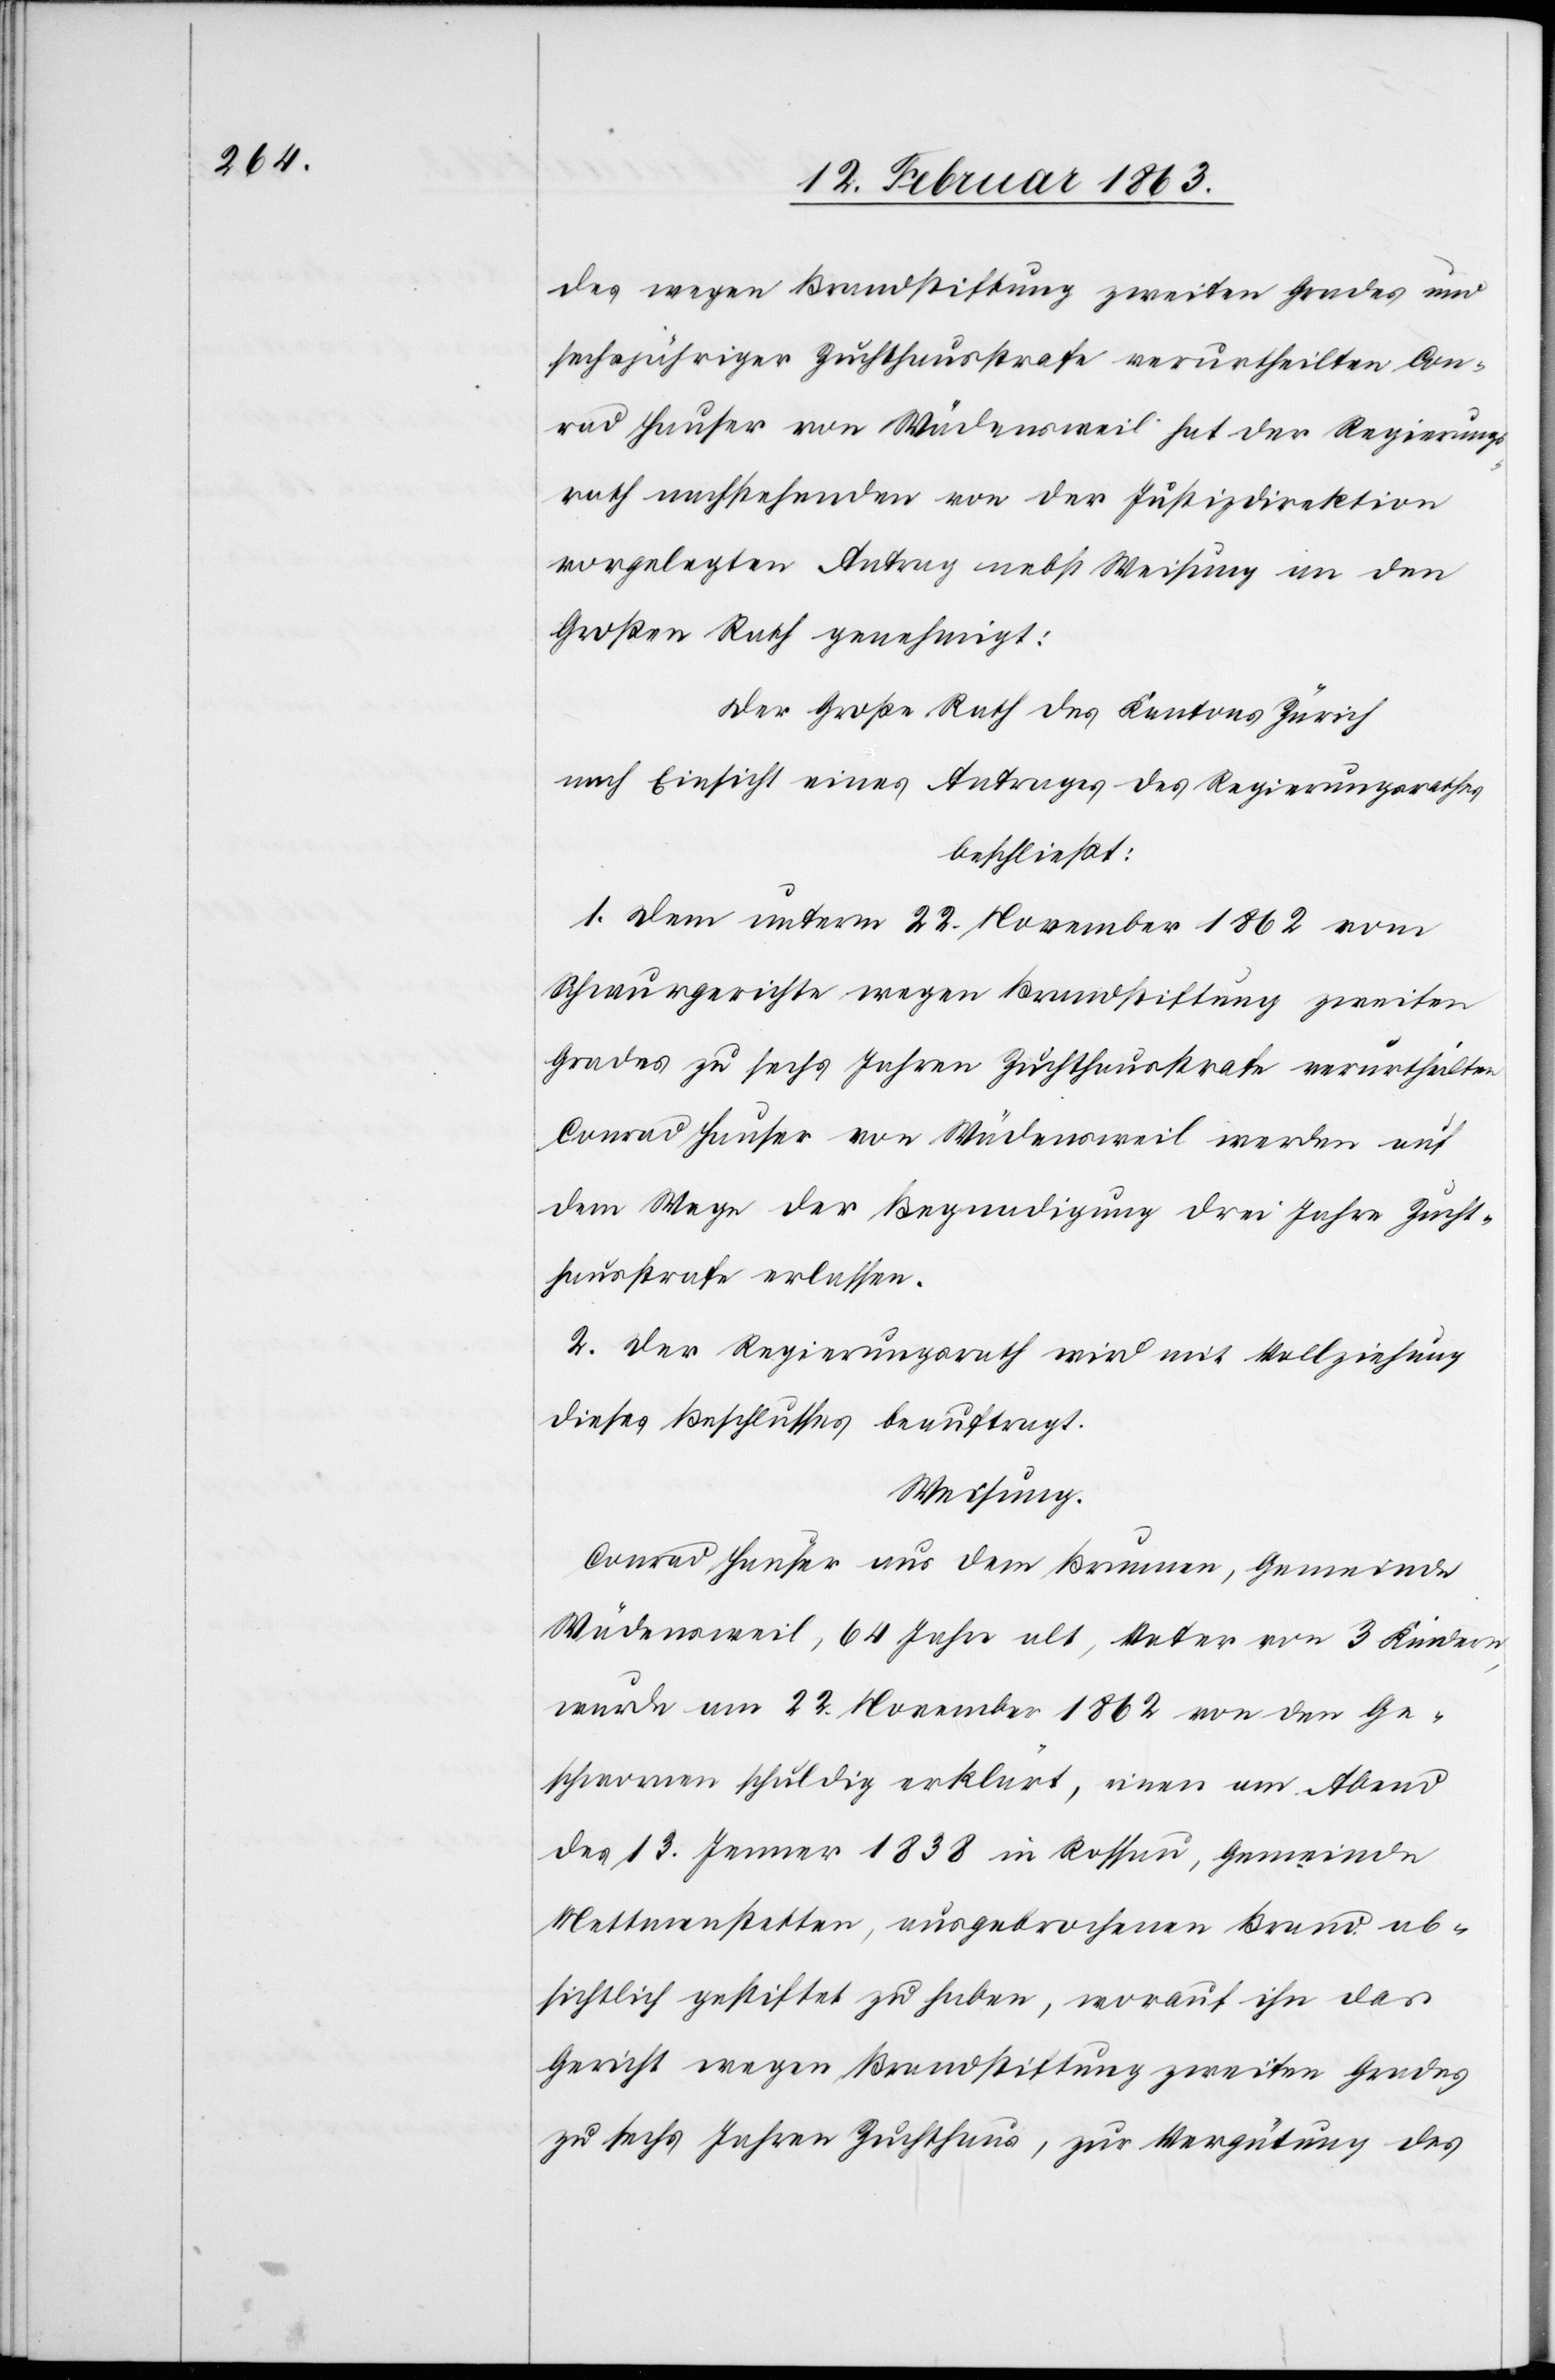
des wegen Brandstiftung zweiten Grades und
sechsjähriger Zuchthausstrafe verurtheilten Con¬
rad Hauser von Wädensweil hat der Regierungs¬
rath nachstehenden von der Justizdirektion
vorgelegten Antrag nebst Weisung an den
Großen Rath genehmigt:
Der Große Rath des Kantons Zürich
nach Einsicht eines Antrages des Regierungsrathes
beschließt:
1. Dem unterm 22. November 1862 vom
Schwurgerichte wegen Brandstiftung zweiten
Grades zu sechs Jahren Zuchthausstrafe verurtheilten
Conrad Hauser von Wädensweil werden auf
dem Wege der Begnadigung drei Jahre Zucht¬
hausstrafe erlassen.
2. Der Regierungsrath wird mit Vollziehung
dieses Beschlusses beauftragt.
Weisung.
Conrad Hauser aus dem Brunnen, Gemeinde
Wädensweil, 64 Jahre alt, Vater von 3 Kindern,
wurde am 22. November 1862 von den Ge¬
schwornen schuldig erklärt, einen am Abend
des 13. Jenner 1838 in Rossau, Gemeinde
Mettmenstetten, ausgebrochenen Brand ab¬
sichtlich gestiftet zu haben, worauf ihn das
Gericht wegen Brandstiftung zweiten Grades
zu sechs Jahren Zuchthaus, zur Vergütung des